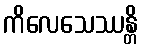
ကိလေသေဿန္တိ